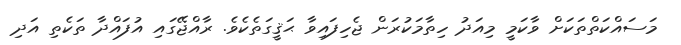
މަސައްކަތްތަކަށް ވާކަމީ މިއަދު ހިތާމަކުރަން ޖެހިފައިވާ ޙަޤީގަތެކެވެ. ރާއްޖޭގައި އުފައްދާ ތަކެތި އަދި